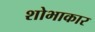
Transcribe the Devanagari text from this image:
शोभाकार